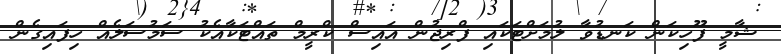
ޝާމީ ފޫހިކަން ކަނޑުވާ ލުމަށްޓަކައި ފްރިޖުން އައިސް ކްރީމް ތައްޓަކާއެކު ސަމުސަލެއް ހިފައިގެން